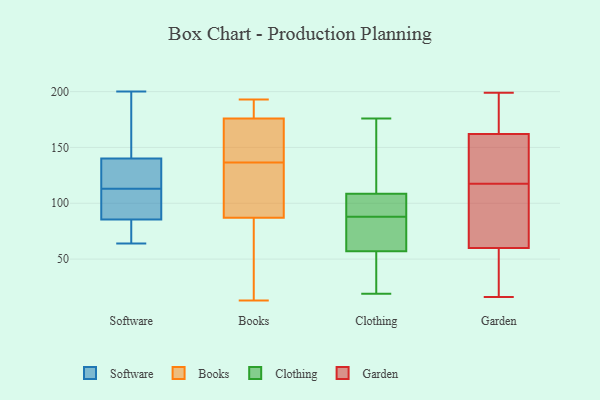
{"axis": {"x": "Waste Production (Tons)", "y": "Value"}, "legend": ["Books", "Clothing", "Garden", "Software"], "data": [{"x": "", "y": 191, "type": "Software"}, {"x": "", "y": 103, "type": "Software"}, {"x": "", "y": 110, "type": "Software"}, {"x": "", "y": 88, "type": "Software"}, {"x": "", "y": 200, "type": "Software"}, {"x": "", "y": 78, "type": "Software"}, {"x": "", "y": 74, "type": "Software"}, {"x": "", "y": 124, "type": "Software"}, {"x": "", "y": 188, "type": "Software"}, {"x": "", "y": 117, "type": "Software"}, {"x": "", "y": 64, "type": "Software"}, {"x": "", "y": 122, "type": "Software"}, {"x": "", "y": 113, "type": "Software"}, {"x": "", "y": 161, "type": "Books"}, {"x": "", "y": 87, "type": "Books"}, {"x": "", "y": 180, "type": "Books"}, {"x": "", "y": 75, "type": "Books"}, {"x": "", "y": 156, "type": "Books"}, {"x": "", "y": 120, "type": "Books"}, {"x": "", "y": 122, "type": "Books"}, {"x": "", "y": 13, "type": "Books"}, {"x": "", "y": 193, "type": "Books"}, {"x": "", "y": 153, "type": "Books"}, {"x": "", "y": 122, "type": "Books"}, {"x": "", "y": 187, "type": "Books"}, {"x": "", "y": 126, "type": "Books"}, {"x": "", "y": 23, "type": "Books"}, {"x": "", "y": 17, "type": "Books"}, {"x": "", "y": 176, "type": "Books"}, {"x": "", "y": 193, "type": "Books"}, {"x": "", "y": 147, "type": "Books"}, {"x": "", "y": 99, "type": "Clothing"}, {"x": "", "y": 111, "type": "Clothing"}, {"x": "", "y": 72, "type": "Clothing"}, {"x": "", "y": 108, "type": "Clothing"}, {"x": "", "y": 109, "type": "Clothing"}, {"x": "", "y": 85, "type": "Clothing"}, {"x": "", "y": 91, "type": "Clothing"}, {"x": "", "y": 50, "type": "Clothing"}, {"x": "", "y": 176, "type": "Clothing"}, {"x": "", "y": 39, "type": "Clothing"}, {"x": "", "y": 19, "type": "Clothing"}, {"x": "", "y": 64, "type": "Clothing"}, {"x": "", "y": 162, "type": "Garden"}, {"x": "", "y": 143, "type": "Garden"}, {"x": "", "y": 148, "type": "Garden"}, {"x": "", "y": 26, "type": "Garden"}, {"x": "", "y": 37, "type": "Garden"}, {"x": "", "y": 16, "type": "Garden"}, {"x": "", "y": 80, "type": "Garden"}, {"x": "", "y": 199, "type": "Garden"}, {"x": "", "y": 24, "type": "Garden"}, {"x": "", "y": 106, "type": "Garden"}, {"x": "", "y": 122, "type": "Garden"}, {"x": "", "y": 178, "type": "Garden"}, {"x": "", "y": 133, "type": "Garden"}, {"x": "", "y": 60, "type": "Garden"}, {"x": "", "y": 183, "type": "Garden"}, {"x": "", "y": 113, "type": "Garden"}, {"x": "", "y": 182, "type": "Garden"}, {"x": "", "y": 63, "type": "Garden"}]}